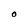
Character: O